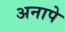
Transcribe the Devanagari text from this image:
अनापे